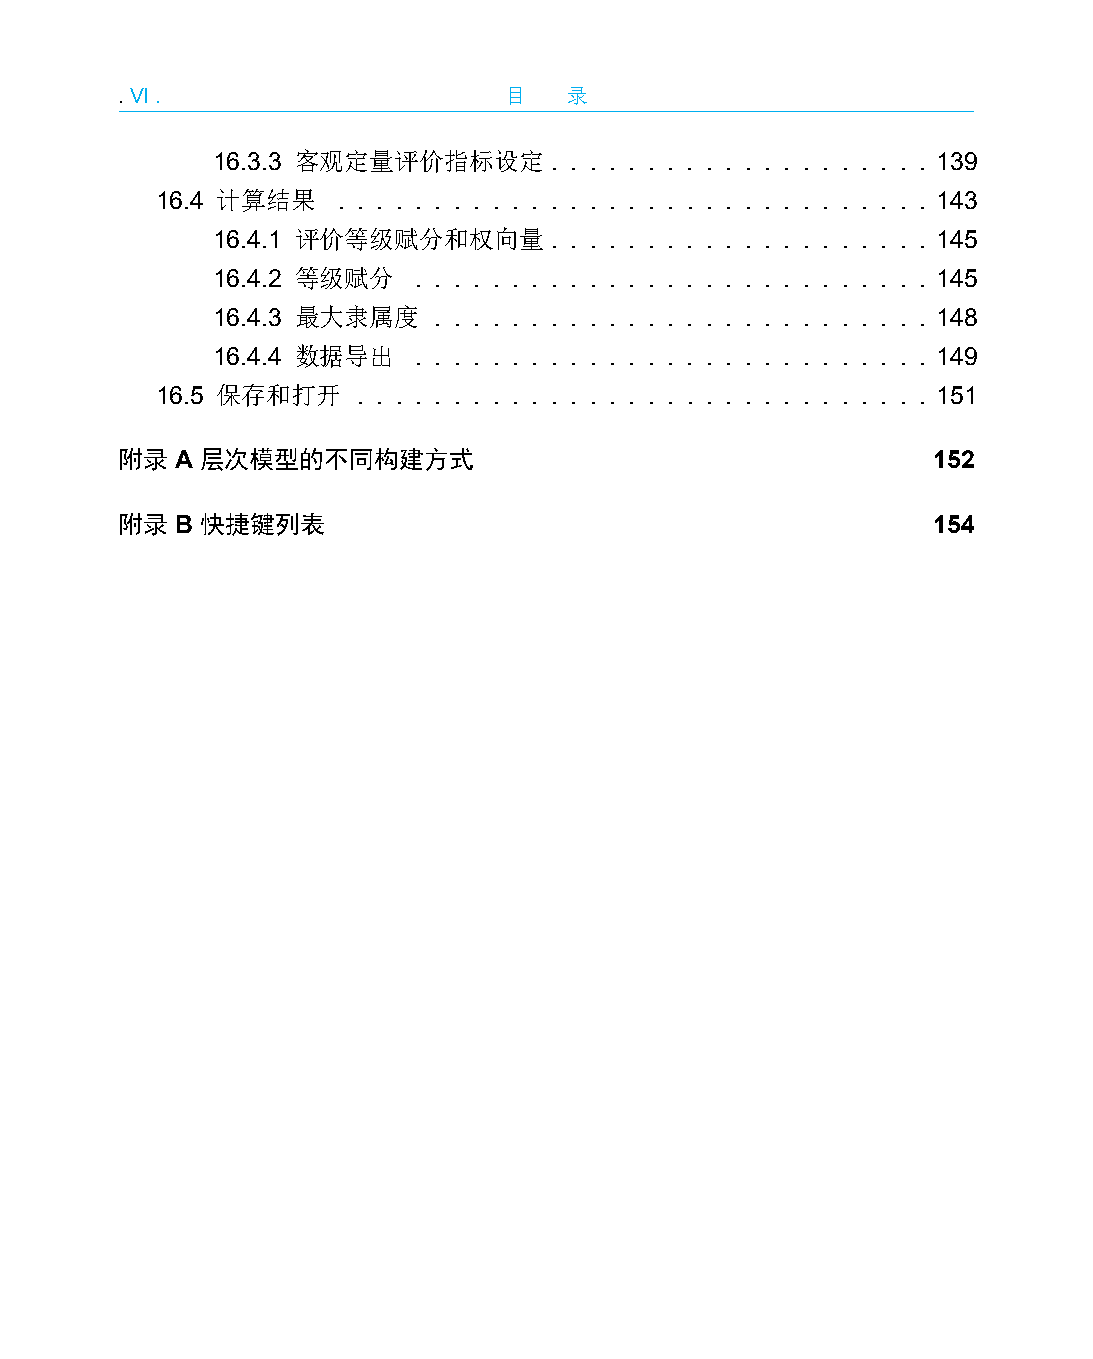
.VI.                     目    录
 16.3.3 客观定量评价指标设定     . . . . . . . . . . . . . . . . . . . . 139
 16.4 计算结果   . . . . . . . . . . . . . . . . . . . . . . . . . . . . . . . 143
 16.4.1 评价等级赋分和权向量     . . . . . . . . . . . . . . . . . . . . 145
 16.4.2 等级赋分  . . . . . . . . . . . . . . . . . . . . . . . . . . . 145
 16.4.3 最大隶属度   . . . . . . . . . . . . . . . . . . . . . . . . . . 148
 16.4.4 数据导出  . . . . . . . . . . . . . . . . . . . . . . . . . . . 149
 16.5 保存和打开    . . . . . . . . . . . . . . . . . . . . . . . . . . . . . . 151
 附录  A 层次模型的不同构建方式                                     152
 附录  B 快捷键列表                                           154